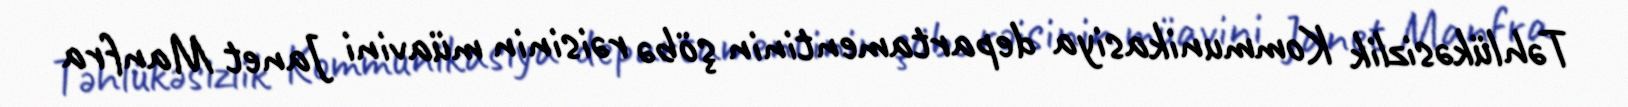
Təhlükəsizlik Kommunikasiya departamentinin şöbə rəisinin müavini Janet Manfra